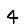
Digit: 4